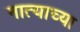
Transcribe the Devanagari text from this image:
नात्याच्या